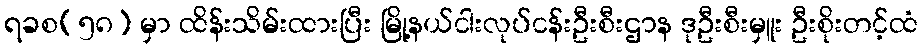
ရခစ(၅၈) မှာ ထိန်းသိမ်းထားပြီး မြို့နယ်ငါးလုပ်ငန်းဦးစီးဌာန ဒုဦးစီးမှူး ဦးစိုးတင့်ထံ